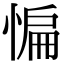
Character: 惼